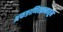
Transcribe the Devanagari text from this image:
अफङाणिस्तानातून